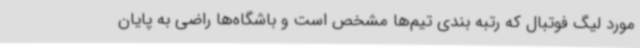
مورد لیگ فوتبال که رتبه بندی تیم‌ها مشخص است و باشگاه‌ها راضی به پایان